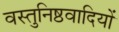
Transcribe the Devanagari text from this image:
वस्तुनिष्ठवादियों